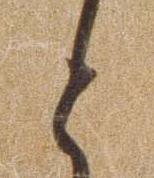
と